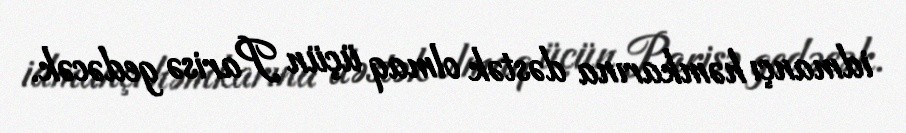
idmançı həmkarına dəstək olmaq üçün Parisə gedəcək.